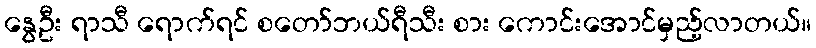
နွေဦး ရာသီ ရောက်ရင် စတော်ဘယ်ရီသီး စား ကောင်းအောင်မှည့်လာတယ်။